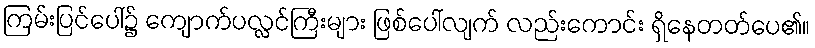
ကြမ်းပြင်ပေါ်၌ ကျောက်ပလ္လင်ကြီးများ ဖြစ်ပေါ်လျက် လည်းကောင်း ရှိနေတတ်ပေ၏။